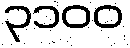
၃၁၀၀